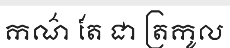
កណ៌ តែ ជា ត្រកូល